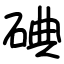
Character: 碘